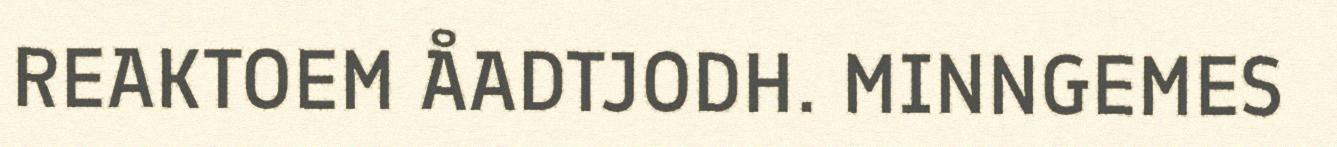
REAKTOEM ÅADTJODH. MINNGEMES